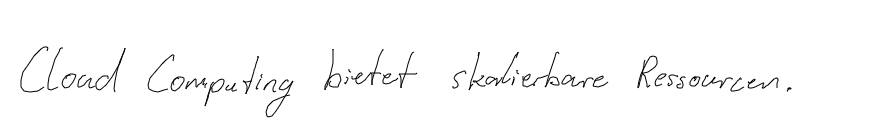
Cloud Computing bietet skalierbare Ressourcen.